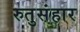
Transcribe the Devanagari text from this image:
रुतुसंहार